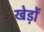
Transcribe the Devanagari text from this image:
खेड़ों